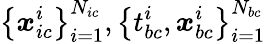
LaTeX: \left\{ \boldsymbol{x}_{ic}^{i}\right\} _{i=1}^{N_{ic}},\left\{ t_{bc}^{i},\boldsymbol{x}_{bc}^{i}\right\} _{i=1}^{N_{bc}}